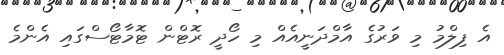
އެ ފިލްމު މި ވަރުގެ އާމްދަނީއެއް މި ހޯދީ ރޮޓްން ޓޮމާޓޯސްގައި އެންމެ